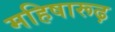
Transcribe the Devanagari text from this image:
महिषारूढ़